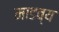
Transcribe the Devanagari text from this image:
माडव्य